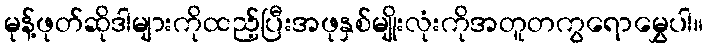
မုန့်ဖုတ်ဆိုဒါများကိုထည့်ပြီးအဖုနှစ်မျိုးလုံးကိုအတူတကွရောမွှေပါ။